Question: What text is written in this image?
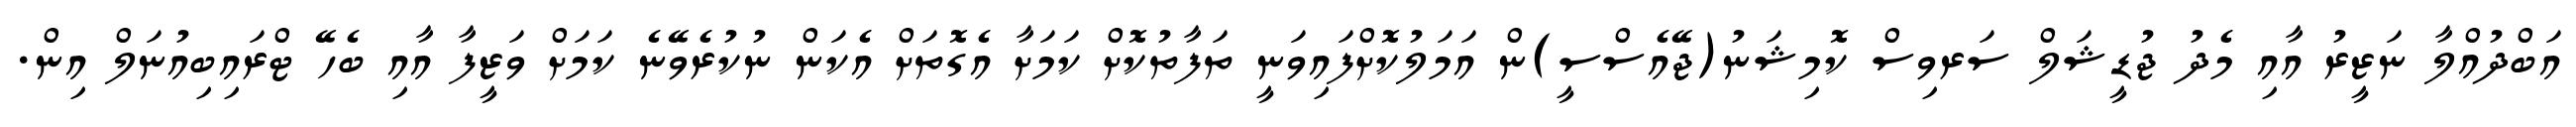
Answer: އަބްދުއްލާ ނަޒީރު އާއި މެދު ޖުޑީޝަލް ސަރވިސް ކޮމިޝަނު(ޖޭއެސްސީ)ން އަމަލުކޮށްފައިވަނީ ތަފާތުކޮށް ކަމަށާ އެގޮތަށް އެކަން ނުކުރެވޭނެ ކަމަށް ވަޒީފާ އާއި ބެހޭ ޓްރައިބިއުނަލް އިން.